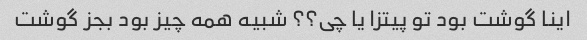
اینا گوشت بود تو پیتزا یا چی؟؟ شبیه همه چیز بود بجز گوشت